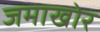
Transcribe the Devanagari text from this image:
जमाखोर